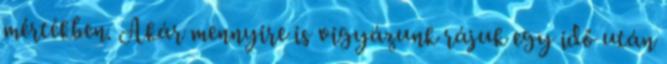
mértékben. Akár mennyire is vigyázunk rájuk egy idő után